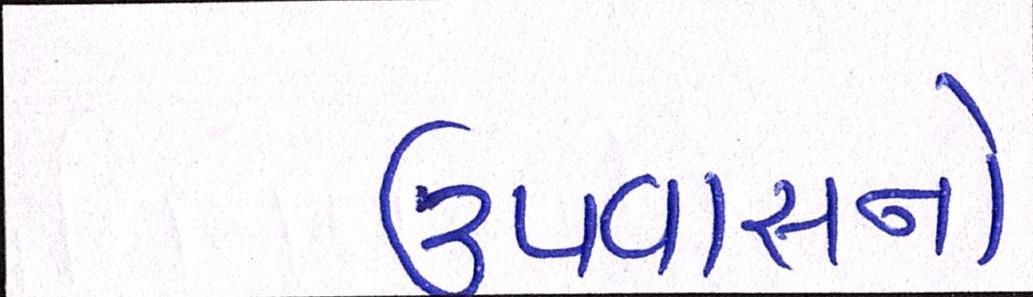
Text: ઉપવાસનો